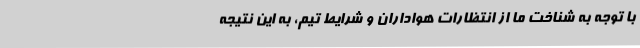
با توجه به شناخت ما از انتظارات هواداران و شرایط تیم، به این نتیجه